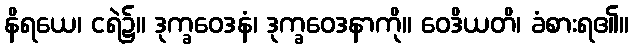
နိရယေ၊ ငရဲ၌။ ဒုက္ခဝေဒနံ၊ ဒုက္ခဝေဒနာကို။ ဝေဒိယတိ၊ ခံစားရ၏။